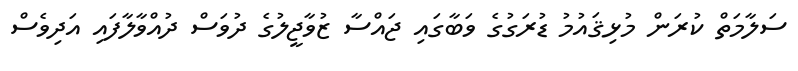
ސަލާމަތް ކުރަން މުޅިޤައުމު ޑުރަގުގެ ވަބާގައި ޖައްސާ ޒުވާޖީލުގެ ދުވަސް ދުއްވާލާފައި އަދިވެސް